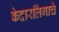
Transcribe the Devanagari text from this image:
केदारलिंगाचे